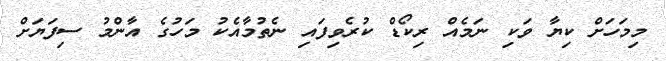
މިމަހަށް ކިޔާ ވަކި ނަމެއް ރިކޯޑް ކުރެވިފައި ނެތުމާއެކު މަހުގެ އާންމު ސިފަޔަށް